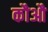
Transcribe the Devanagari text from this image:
कौऔ